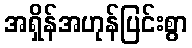
အရှိန်အဟုန်ပြင်းစွာ